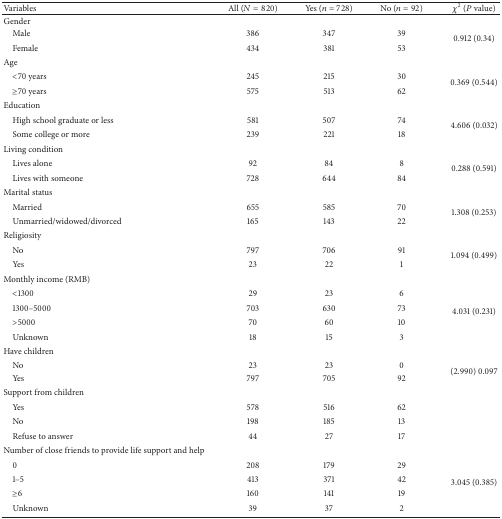
<table><thead><tr><td><b>Variables</b></td><td><b>All (<i>N</i> = 820)</b></td><td><b>Yes (<i>n</i> = 728)</b></td><td><b>No (<i>n</i> = 92)</b></td><td><b><i>χ</i><sup>2</sup>(<i>P</i> value)</b></td></tr></thead><tbody><tr><td>Gender</td><td> </td><td> </td><td> </td><td> </td></tr><tr><td> Male</td><td>386</td><td>347</td><td>39</td><td rowspan="2">0.912 (0.34)</td></tr><tr><td> Female</td><td>434</td><td>381</td><td>53</td></tr><tr><td>Age</td><td> </td><td> </td><td> </td><td> </td></tr><tr><td> &lt;70 years </td><td>245</td><td>215</td><td>30</td><td rowspan="2">0.369 (0.544)</td></tr><tr><td> ≥70 years </td><td>575</td><td>513</td><td>62</td></tr><tr><td>Education</td><td> </td><td> </td><td> </td><td> </td></tr><tr><td> High school graduate or less</td><td>581</td><td>507</td><td>74</td><td rowspan="2">4.606 (0.032)</td></tr><tr><td> Some college or more</td><td>239</td><td>221</td><td>18</td></tr><tr><td>Living condition</td><td> </td><td> </td><td> </td><td> </td></tr><tr><td> Lives alone</td><td>92</td><td>84</td><td>8</td><td rowspan="2">0.288 (0.591)</td></tr><tr><td> Lives with someone</td><td>728</td><td>644</td><td>84</td></tr><tr><td>Marital status</td><td> </td><td> </td><td> </td><td> </td></tr><tr><td> Married</td><td>655</td><td>585</td><td>70</td><td rowspan="2">1.308 (0.253)</td></tr><tr><td> Unmarried/widowed/divorced</td><td>165</td><td>143</td><td>22</td></tr><tr><td>Religiosity</td><td> </td><td> </td><td> </td><td> </td></tr><tr><td> No</td><td>797</td><td>706</td><td>91</td><td rowspan="2">1.094 (0.499)</td></tr><tr><td> Yes</td><td>23</td><td> 22</td><td>1</td></tr><tr><td>Monthly income (RMB)</td><td> </td><td> </td><td> </td><td> </td></tr><tr><td> &lt;1300</td><td>29</td><td>23</td><td>6</td><td rowspan="4">4.031 (0.231)</td></tr><tr><td> 1300–5000</td><td>703</td><td>630</td><td>73</td></tr><tr><td> &gt;5000</td><td>70</td><td>60</td><td>10</td></tr><tr><td> Unknown</td><td>18</td><td>15</td><td>3</td></tr><tr><td>Have children</td><td> </td><td> </td><td> </td><td> </td></tr><tr><td> No </td><td>23</td><td>23</td><td>0</td><td rowspan="2">(2.990) 0.097</td></tr><tr><td> Yes</td><td>797</td><td>705</td><td>92</td></tr><tr><td>Support from children</td><td> </td><td> </td><td> </td><td> </td></tr><tr><td> Yes</td><td>578</td><td>516</td><td>62</td><td> </td></tr><tr><td> No</td><td>198</td><td>185</td><td>13</td><td> </td></tr><tr><td> Refuse to answer</td><td>44</td><td>27</td><td>17</td><td> </td></tr><tr><td>Number of close friends to provide life support and help</td><td> </td><td> </td><td> </td><td> </td></tr><tr><td> 0</td><td>208</td><td>179</td><td>29</td><td rowspan="4">3.045 (0.385)</td></tr><tr><td> 1–5</td><td>413</td><td>371</td><td>42</td></tr><tr><td> ≥6</td><td>160</td><td>141</td><td>19</td></tr><tr><td> Unknown</td><td>39</td><td>37</td><td>2</td></tr></tbody></table>